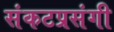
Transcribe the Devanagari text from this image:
संकटप्रसंगी